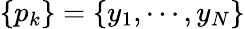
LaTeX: \{ p_{k}\} =\{ y_{1},\cdots,y_{N}\}